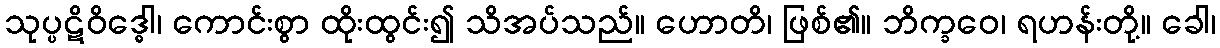
သုပ္ပဋိဝိဒ္ဓေါ၊ ကောင်းစွာ ထိုးထွင်း၍ သိအပ်သည်။ ဟောတိ၊ ဖြစ်၏။ ဘိက္ခဝေ၊ ရဟန်းတို့။ ခေါ၊